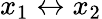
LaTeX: x_{1}\leftrightarrow x_{2}